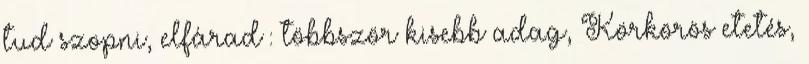
tud szopni, elfárad : többször kisebb adag, Körkörös etetés,